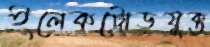
ইলেকট্রোডযুক্ত